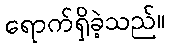
ရောက်ရှိခဲ့သည်။